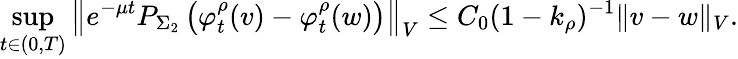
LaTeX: \operatorname*{sup}_{t\in(0,T)}\left\Vert e^{-\mu t}P_{\Sigma_{2}}\left(\varphi_{t}^{\rho}(v)-\varphi_{t}^{\rho}(w)\right)\right\Vert_{V}\leq C_{0}(1-k_{\rho})^{-1}\Vert v-w\Vert_{V}.